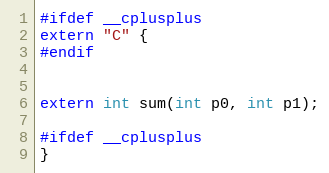
Language: C
#ifdef __cplusplus
extern "C" {
#endif

extern int sum(int p0, int p1);

#ifdef __cplusplus
}